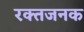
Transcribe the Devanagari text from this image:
रक्तजनक